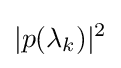
|p(\lambda _{k})|^{2}